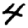
Digit: 4